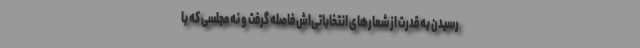
رسیدن به قدرت از شعارهای انتخاباتی‌اش فاصله گرفت و نه مجلسی که با